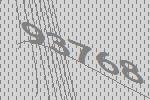
93768